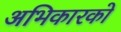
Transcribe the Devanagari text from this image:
अभिकारको